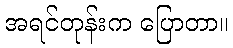
အရင်တုန်းက ပြောတာ။